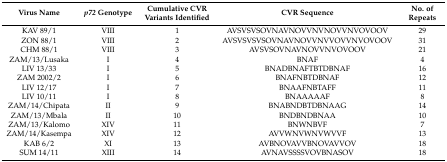
<table><thead><tr><td><b>Virus Name</b></td><td><b><i>p72</i> Genotype</b></td><td><b>Cumulative CVR Variants Identified</b></td><td><b>CVR Sequence</b></td><td><b>No. of Repeats</b></td></tr></thead><tbody><tr><td>KAV 89/1</td><td>VIII</td><td>1</td><td>AVSVSVSOVNAVNOVVNVNOVVNVOVOOV</td><td>29</td></tr><tr><td>ZON 88/1</td><td>VIII</td><td>2</td><td>AVSVSVSVSOVNAVNOVVNVVOVVNVOVOOV</td><td>31</td></tr><tr><td>CHM 88/1</td><td>VIII</td><td>3</td><td>AVSVSOVNAVNOVVNVOVOOV</td><td>21</td></tr><tr><td>ZAM/13/Lusaka</td><td>I</td><td>4</td><td>BNAF</td><td>4</td></tr><tr><td>LIV 13/33</td><td>I</td><td>5</td><td>BNADBNAFTBTDBNAF</td><td>16</td></tr><tr><td>ZAM 2002/2</td><td>I</td><td>6</td><td>BNAFNBTDBNAF</td><td>12</td></tr><tr><td>LIV 12/17</td><td>I</td><td>7</td><td>BNAAFNBTAFF</td><td>11</td></tr><tr><td>LIV 10/11</td><td>I</td><td>8</td><td>BNAAAAAF</td><td>8</td></tr><tr><td>ZAM/14/Chipata</td><td>II</td><td>9</td><td>BNABNDBTDBNAAG</td><td>14</td></tr><tr><td>ZAM/13/Mbala</td><td>II</td><td>10</td><td>BNDBNDBNAA</td><td>10</td></tr><tr><td>ZAM/13/Kalomo</td><td>XIV</td><td>11</td><td>BNWNBVF</td><td>7</td></tr><tr><td>ZAM/14/Kasempa</td><td>XIV</td><td>12</td><td>AVVWNVWNVWVVF</td><td>13</td></tr><tr><td>KAB 6/2</td><td>XI</td><td>13</td><td>AVBNOVAVVBNOVAVVOV</td><td>18</td></tr><tr><td>SUM 14/11</td><td>XIII</td><td>14</td><td>AVNAVSSSSVOVBNASOV</td><td>18</td></tr></tbody></table>